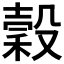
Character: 穀